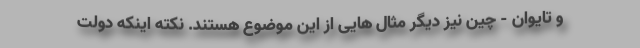
و تایوان - چین نیز دیگر مثال هایی از این موضوع هستند. نکته اینکه دولت